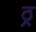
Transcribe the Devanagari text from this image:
ठ्र्